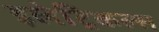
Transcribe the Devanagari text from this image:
इलेट्रिकल्स